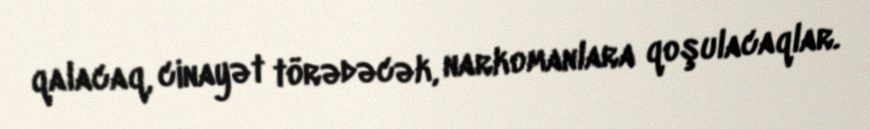
qalacaq, cinayət törədəcək, narkomanlara qoşulacaqlar.